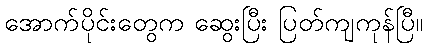
အောက်ပိုင်းတွေက ဆွေးပြီး ပြတ်ကျကုန်ပြီ။